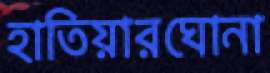
হাতিয়ারঘোনা